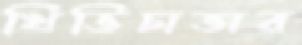
খিভিচাভার